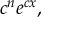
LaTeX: c ^ { n } e ^ { c x } ,